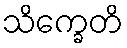
သိက္ခေတိ